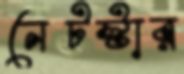
নেটস্টার